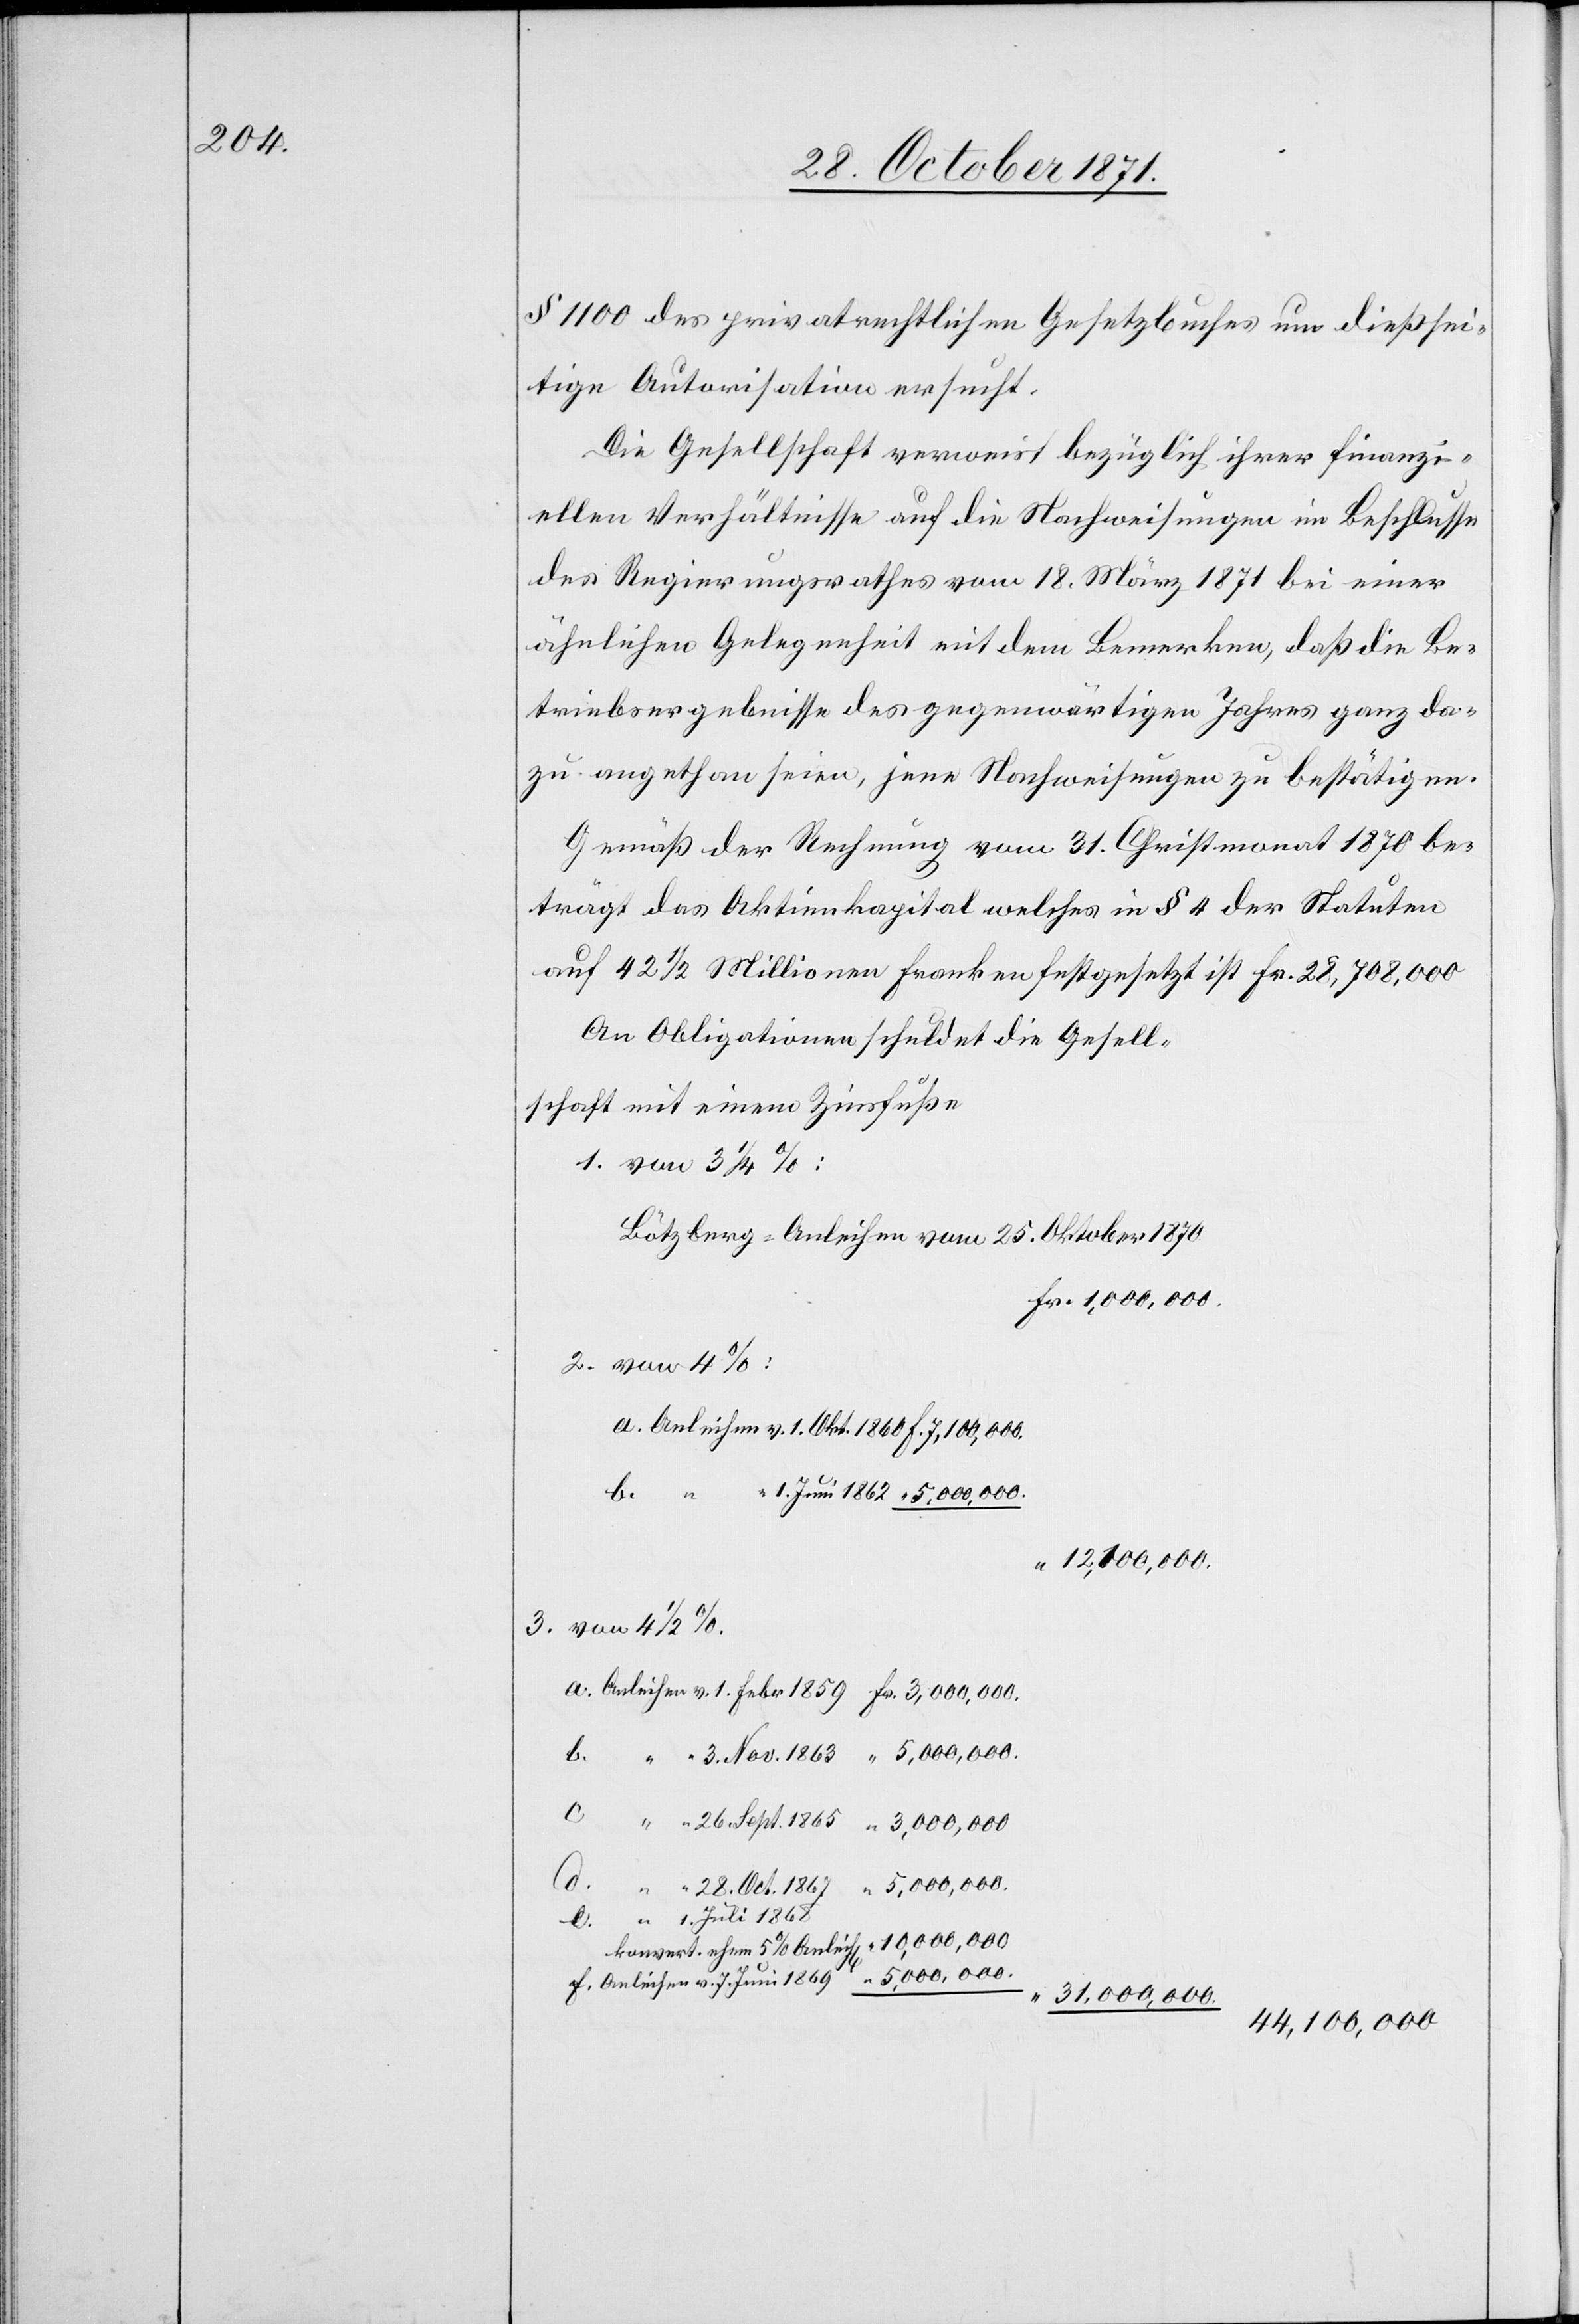
§ 1100 des privatrechtlichen Gesetzbuches um dießsei¬
tige Autorisation ersucht.
Die Gesellschaft verweist bezüglich ihrer finanzi¬
ellen Verhältnisse auf die Nachweisungen im Beschlusse
des Regierungsrathes vom 18. März 1871 bei einer
ähnlichen Gelegenheit mit dem Bemerken, daß die Be¬
triebsergebnisse des gegenwärtigen Jahres ganz da¬
zu angethan seien, jene Nachweisungen zu bestätigen.
Gemäß der Rechnung vom 31. Christmonat 1870 be¬
trägt das Aktienkapital welches in § 4 der Statuten
auf 42 1/2 Millionen Franken festgesetzt ist Fr. 28,708,000
An Obligationen schuldet die Gesell¬
schaft mit einem Zinsfuße
1. von 3 1/4 %:
Bötzberg: Anleihen vom 25. Oktober 1870
2. von 4%:
3. von 4 1/2 %.
7.
31,000,000
44,100,000